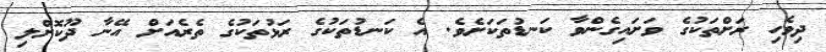
ދިވެހި ރަށްތަކުގެ ވަށައިގެންވާ ކަނޑުތަކަށެވެ. އެ ކަނޑުތަކުގެ ރަޅުތަކުގެ ތެރެއަށް އޭނާ ދޫކޮށްލި